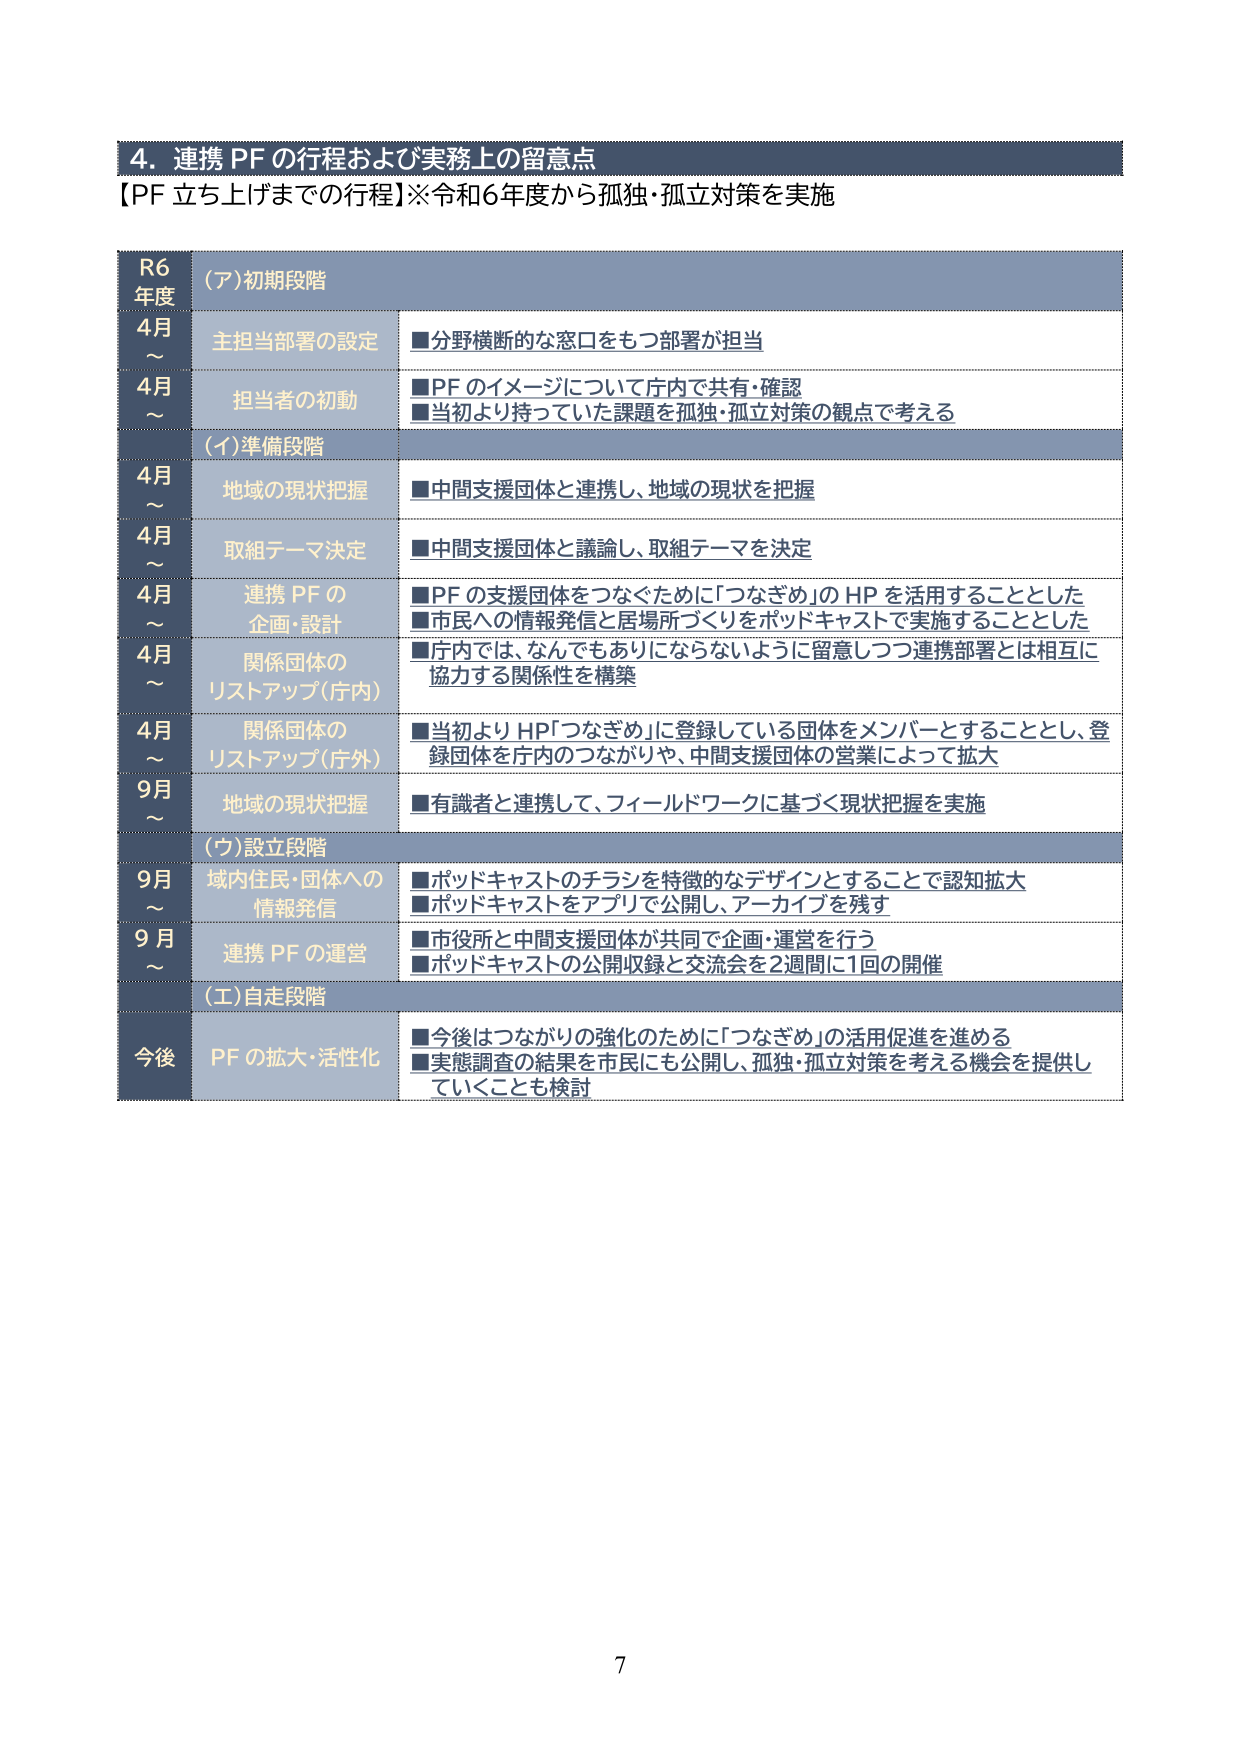
4. 連携 PF の行程および実務上の留意点
【PF 立ち上げまでの行程】※令和6年度から孤独・孤立対策を実施

R6
年度
(ア)初期段階

4月
～
主担当部署の設定
■分野横断的な窓口をもつ部署が担当

4月
～
担当者の初動
■PF のイメージについて庁内で共有・確認
■当初より持っていた課題を孤独・孤立対策の観点で考える

(イ)準備段階

4月
～
地域の現状把握
■中間支援団体と連携し、地域の現状を把握

4月
～
取組テーマ決定
■中間支援団体と議論し、取組テーマを決定

4月
～
連携 PF の
企画・設計
■PF の支援団体をつなぐために「つなぎめ」の HP を活用することとした
■市民への情報発信と居場所づくりをポッドキャストで実施することとした

4月
～
関係団体の
リストアップ(庁内)
■庁内では、なんでもありにならないように留意しつつ連携部署とは相互に
協力する関係性を構築

4月
～
関係団体の
リストアップ(庁外)
■当初より HP「つなぎめ」に登録している団体をメンバーとすることとし、登
録団体を庁内のつながりや、中間支援団体の営業によって拡大

9月
～
地域の現状把握
■有識者と連携して、フィールドワークに基づく現状把握を実施

(ウ)設立段階

9月
～
域内住民・団体への
情報発信
■ポッドキャストのチラシを特徴的なデザインとすることで認知拡大
■ポッドキャストをアプリで公開し、アーカイブを残す

9月
～
連携 PF の運営
■市役所と中間支援団体が共同で企画・運営を行う
■ポッドキャストの公開収録と交流会を2週間に1回の開催

(エ)自走段階

今後
PF の拡大・活性化
■今後はつながりの強化のために「つなぎめ」の活用促進を進める
■実態調査の結果を市民にも公開し、孤独・孤立対策を考える機会を提供し
ていくことも検討

7